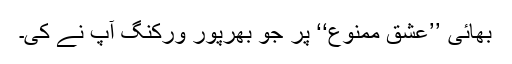
بھائی ’’عشق ممنوع‘‘ پر جو بھرپور ورکنگ آپ نے کی۔